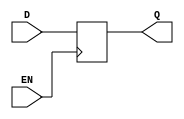
module latch(
    input wire D,
    input wire EN,
    output reg Q
);

always @(posedge EN)
begin
    if (EN)
        Q <= D;
end

endmodule